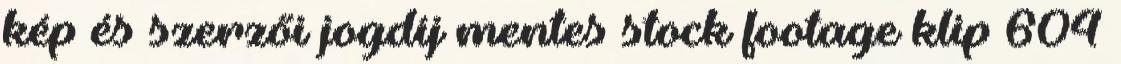
kép és szerzői jogdíj mentes stock footage klip 604